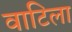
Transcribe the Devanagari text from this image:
वाटिला